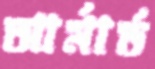
আর্মার্ড